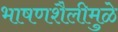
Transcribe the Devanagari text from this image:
भाषणशैलीमुळे